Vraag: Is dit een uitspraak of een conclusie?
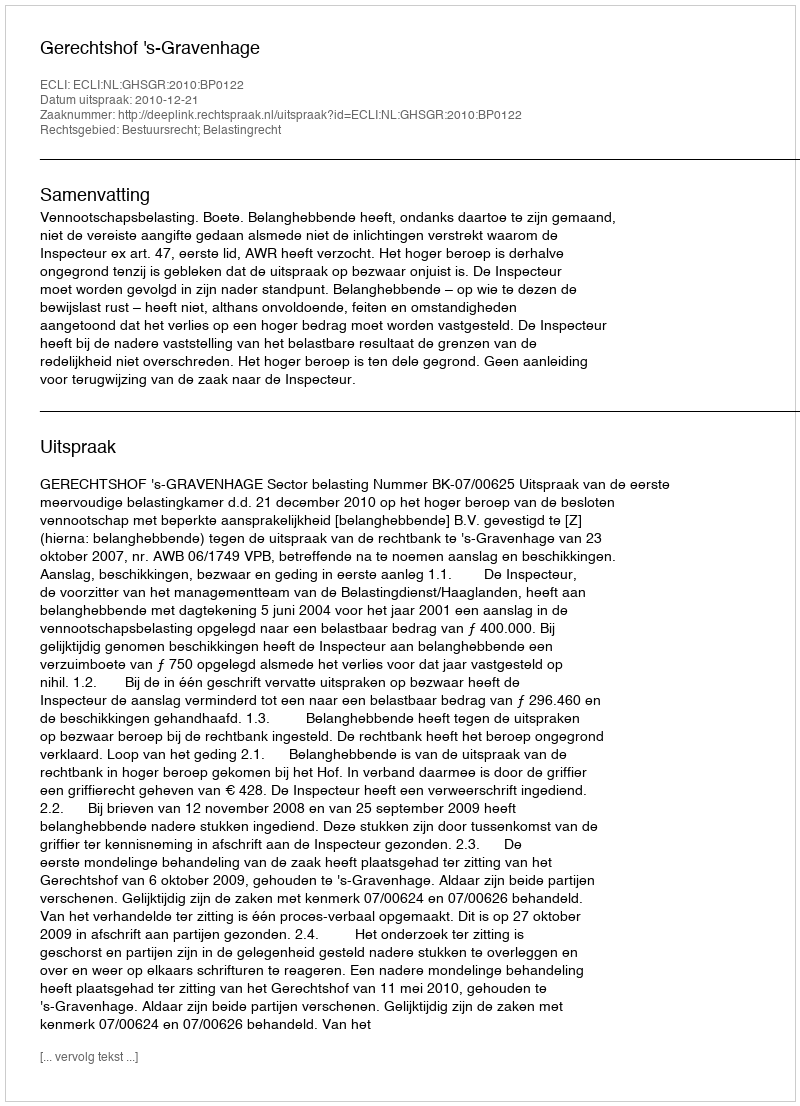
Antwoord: Uitspraak